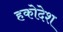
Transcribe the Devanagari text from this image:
हकोदेश